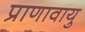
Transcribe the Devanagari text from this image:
प्राणावायु